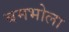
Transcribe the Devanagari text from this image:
बमभोला